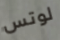
لوتس